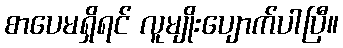
စာပေမရှိရင် လူမျိုးပျောက်ပါပြီ။